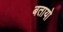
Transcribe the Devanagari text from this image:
बतायो